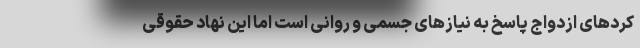
کردهای ازدواج پاسخ به نیازهای جسمی و روانی است اما این نهاد حقوقی